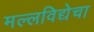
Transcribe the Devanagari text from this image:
मल्लविद्येचा